Indian journal of veterinary science and animal husbandry - Volume 4,
Year: 1934
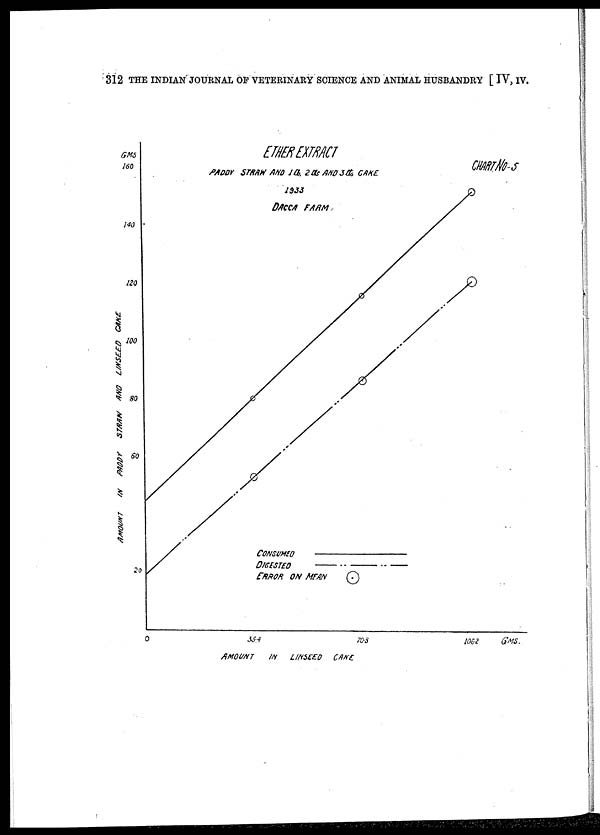
312 THE INDIAN JOURNAL OF VETERINARY SCIENCE AND ANIMAL HUSBANDRY [ IV, IV.